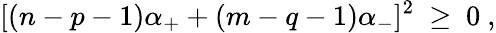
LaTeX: [(n-p-1)\alpha_{+}+(m-q-1)\alpha_{-}]^{2}\ \geq\ 0\ ,